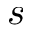
s